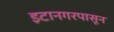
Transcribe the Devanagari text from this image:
इटानगरपासून